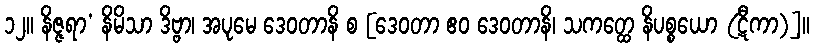
၁၂။ နိဇ္ဇရာ’ နိမိသာ ဒိဗ္ဗာ၊ အပုမေ ဒေဝတာနိ စ [ဒေဝတာ ဧဝ ဒေဝတာနိ၊ သကတ္ထေ နိပစ္စယော (ဋီကာ)]။